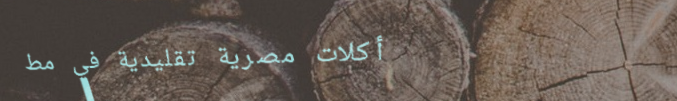
أكلات مصرية تقليدية في مط